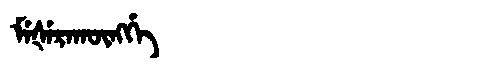
Manchu: ᠮᡝᡧᡝᡵᠠᡴᡡᠩᡤᡝ
Romanization: MEŠERAKŪNGGE